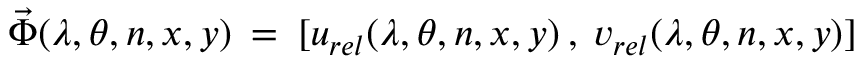
\vec { \boldsymbol { \Phi } } ( \lambda , \theta , n , x , y ) \: = \: [ u _ { r e l } ( \lambda , \theta , n , x , y ) \: , \: v _ { r e l } ( \lambda , \theta , n , x , y ) ]